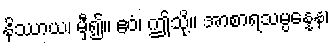
နိဿာယ၊ မှီ၍။ ဧဝံ၊ ဤသို့။ အာစာရသမ္ပန္နေန၊